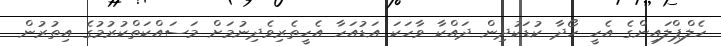
ހެލްޕްލައިންގެ އެހީ ހޯދާ ކުޑަކުދިން ދައްކާ ވާހަކަ އަޑުއަހާ އެހީތެރިވެދިނުމަށް މަސައްކަތްކުރުމުގެ އިތުރުން